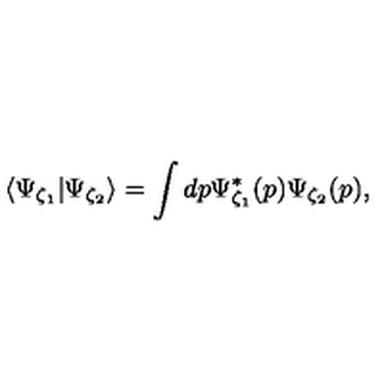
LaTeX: \langle \Psi _ { \zeta _ { 1 } } | \Psi _ { \zeta _ { 2 } } \rangle = \int d p \Psi _ { \zeta _ { 1 } } ^ { * } ( p ) \Psi _ { \zeta _ { 2 } } ( p ) ,